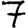
Digit: 7